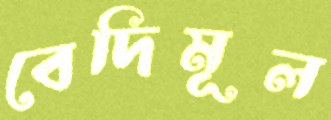
বেদিমূল